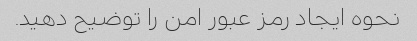
نحوه ایجاد رمز عبور امن را توضیح دهید.